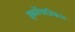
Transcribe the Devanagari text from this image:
इकॉलाजिकल